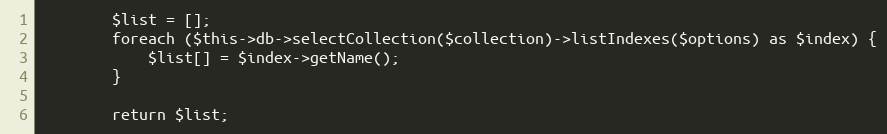
Language: PHP
        $list = [];
        foreach ($this->db->selectCollection($collection)->listIndexes($options) as $index) {
            $list[] = $index->getName();
        }

        return $list;